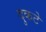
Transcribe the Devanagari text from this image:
दुकटे